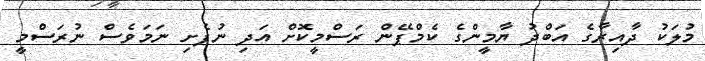
މުލަކު ދާއިރާގެ އަބްދު ޔާމީންގެ ކެމްޕޭން ރަސްމީކޮށް އަދި ނުފެށި ނަމަވެސް ނުރަސްމީ